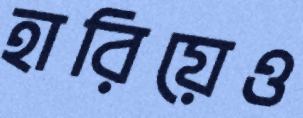
হারিয়েও